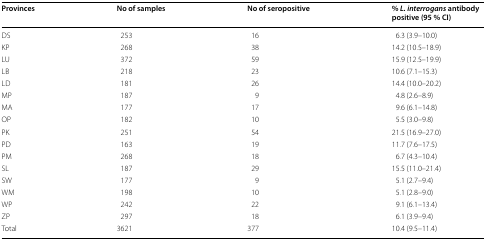
| Provinces | No of samples | No of seropositive | % L. interrogans antibody positive (95 % CI) |
 | --- | --- | --- | --- |
 | DS | 253 | 16 | 6.3 (3.9–10.0) |
 | KP | 268 | 38 | 14.2 (10.5–18.9) |
 | LU | 372 | 59 | 15.9 (12.5–19.9) |
 | LB | 218 | 23 | 10.6 (7.1–15.3) |
 | LD | 181 | 26 | 14.4 (10.0–20.2) |
 | MP | 187 | 9 | 4.8 (2.6–8.9) |
 | MA | 177 | 17 | 9.6 (6.1–14.8) |
 | OP | 182 | 10 | 5.5 (3.0–9.8) |
 | PK | 251 | 54 | 21.5 (16.9–27.0) |
 | PD | 163 | 19 | 11.7 (7.6–17.5) |
 | PM | 268 | 18 | 6.7 (4.3–10.4) |
 | SL | 187 | 29 | 15.5 (11.0–21.4) |
 | SW | 177 | 9 | 5.1 (2.7–9.4) |
 | WM | 198 | 10 | 5.1 (2.8–9.0) |
 | WP | 242 | 22 | 9.1 (6.1–13.4) |
 | ZP | 297 | 18 | 6.1 (3.9–9.4) |
 | Total | 3621 | 377 | 10.4 (9.5–11.4) |